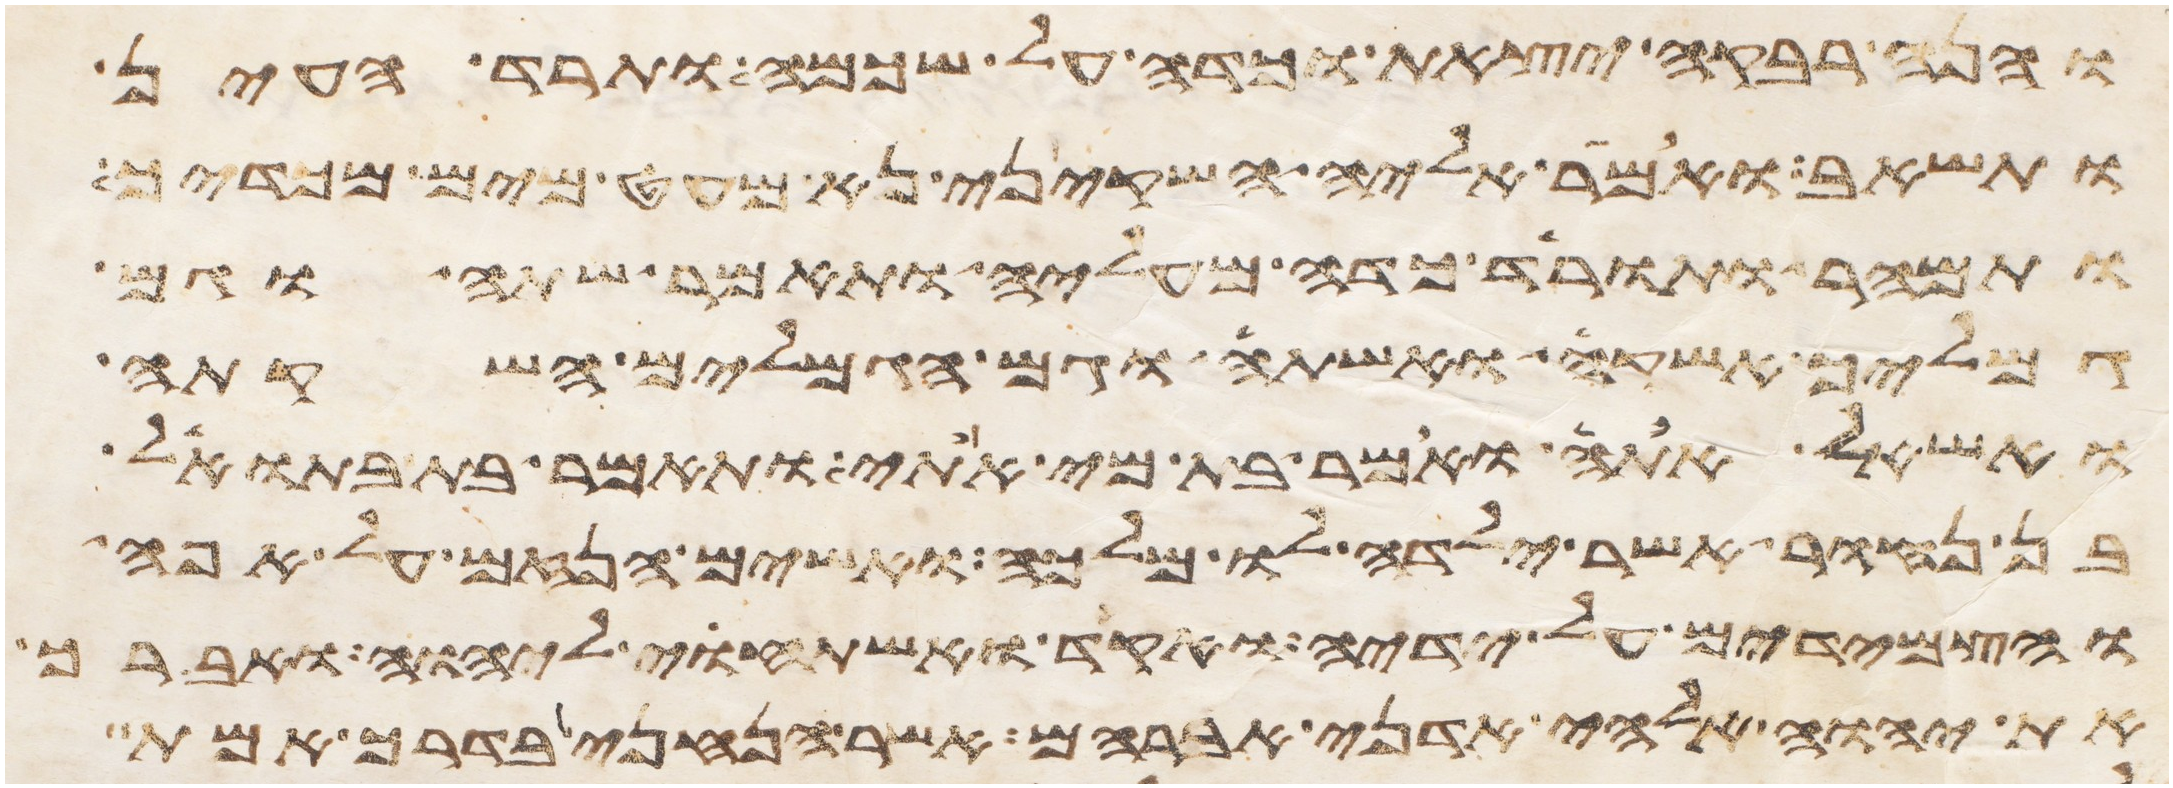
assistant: והנה רבקה יצאת וכדה על שכמה ותרד העין
ותשאב ואמר אליה השקיני נא מעט מים מכדך
ותמהר ותורד כדה מעליה ותאמר שתה וגם
גמליך אשקה ואשתה וגם הגמלים השקתה
ואשאל אתה ואמר בת מי אתי ותאמר בת בתואל
בן נחור אשר ילדה לו מלכה ואשים הנזם על אפה
והצמידים על ידיה ואקד ואשתחוי ליהוה ואברך
את יהוה אלהי אדני אברהם אשר הנחני בדרך אמת